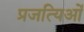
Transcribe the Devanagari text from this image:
प्रजत्यिओं